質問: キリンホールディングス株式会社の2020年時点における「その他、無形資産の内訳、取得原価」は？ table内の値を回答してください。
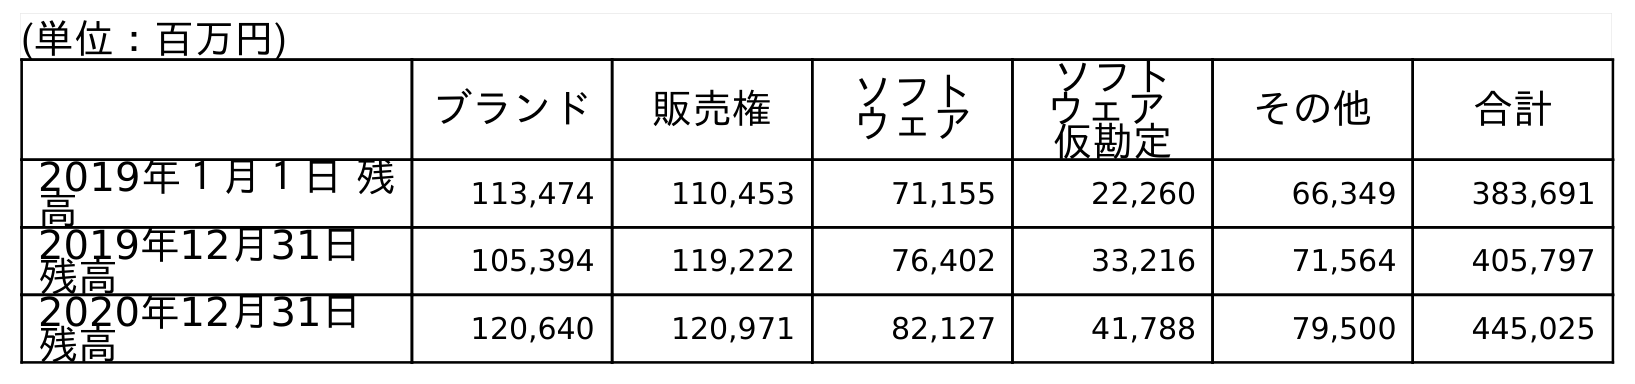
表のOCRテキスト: (単位：百万円) ブランド 販売権 ソフト ウェア ソフト ウェア 仮勘定 その他 合計 2019年１月１日 残 高 113,474 110,453 71,155 22,260 66,349 383,691 2019年12月31日 残高 105,394 119,222 76,402 33,216 71,564 405,797 2020年12月31日 残高 120,640 120,971 82,127 41,788 79,500 445,025
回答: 79,500